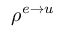
\rho ^ { e \to u }